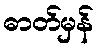
ဓာတ်မှန်